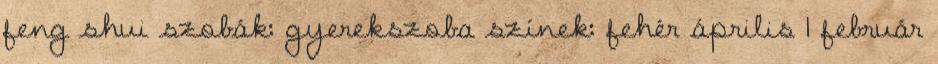
feng shui szobák: gyerekszoba színek: fehér április 1 február